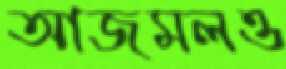
আজমলও